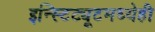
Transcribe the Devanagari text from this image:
इन्स्टिट्यूटमध्येही